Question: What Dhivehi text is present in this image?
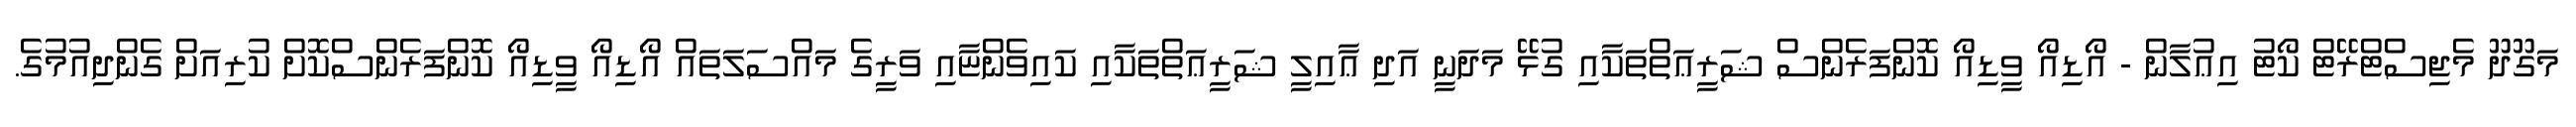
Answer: މަގޫދޫ މެޖިސްޓްރޭޓް ކޯޓު އިޢުލާން - އޯޑިއޯ ވީޑިއޯ ކޮންފަރެންސް ޝަރީޢަތްތަކާއި ގުޅޭ މަދަނީ އަދި ޢާއިލީ ޝަރީޢަތްތަކާއި ކައިވެންޏާއި ވަރީގެ މައްސަލަތައް އޯޑިއޯ ވީޑިއޯ ކޮންފަރެންސްކޮށް ކުރިއަށް ގެންދިއުމުގެ.